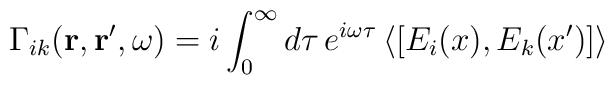
\Gamma_{ik}({\bf r},{\bf r'},\omega)=i\int_0^{\infty}d\tau\,e^{i\omega\tau}\,\langle[E_i(x),E_k(x')]\rangle